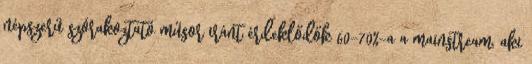
népszerű szórakoztató műsor iránt érdeklődők 60-70%-a a mainstream, aki